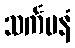
သင်္ကမနံ